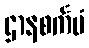
ဌာနစင်္ကမံ